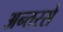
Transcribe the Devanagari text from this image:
अन्तरसे